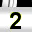
Digit: 2